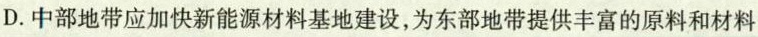
D.中部地带应加快新能源材料基地建设，为东部地带提供丰富的原料和材料